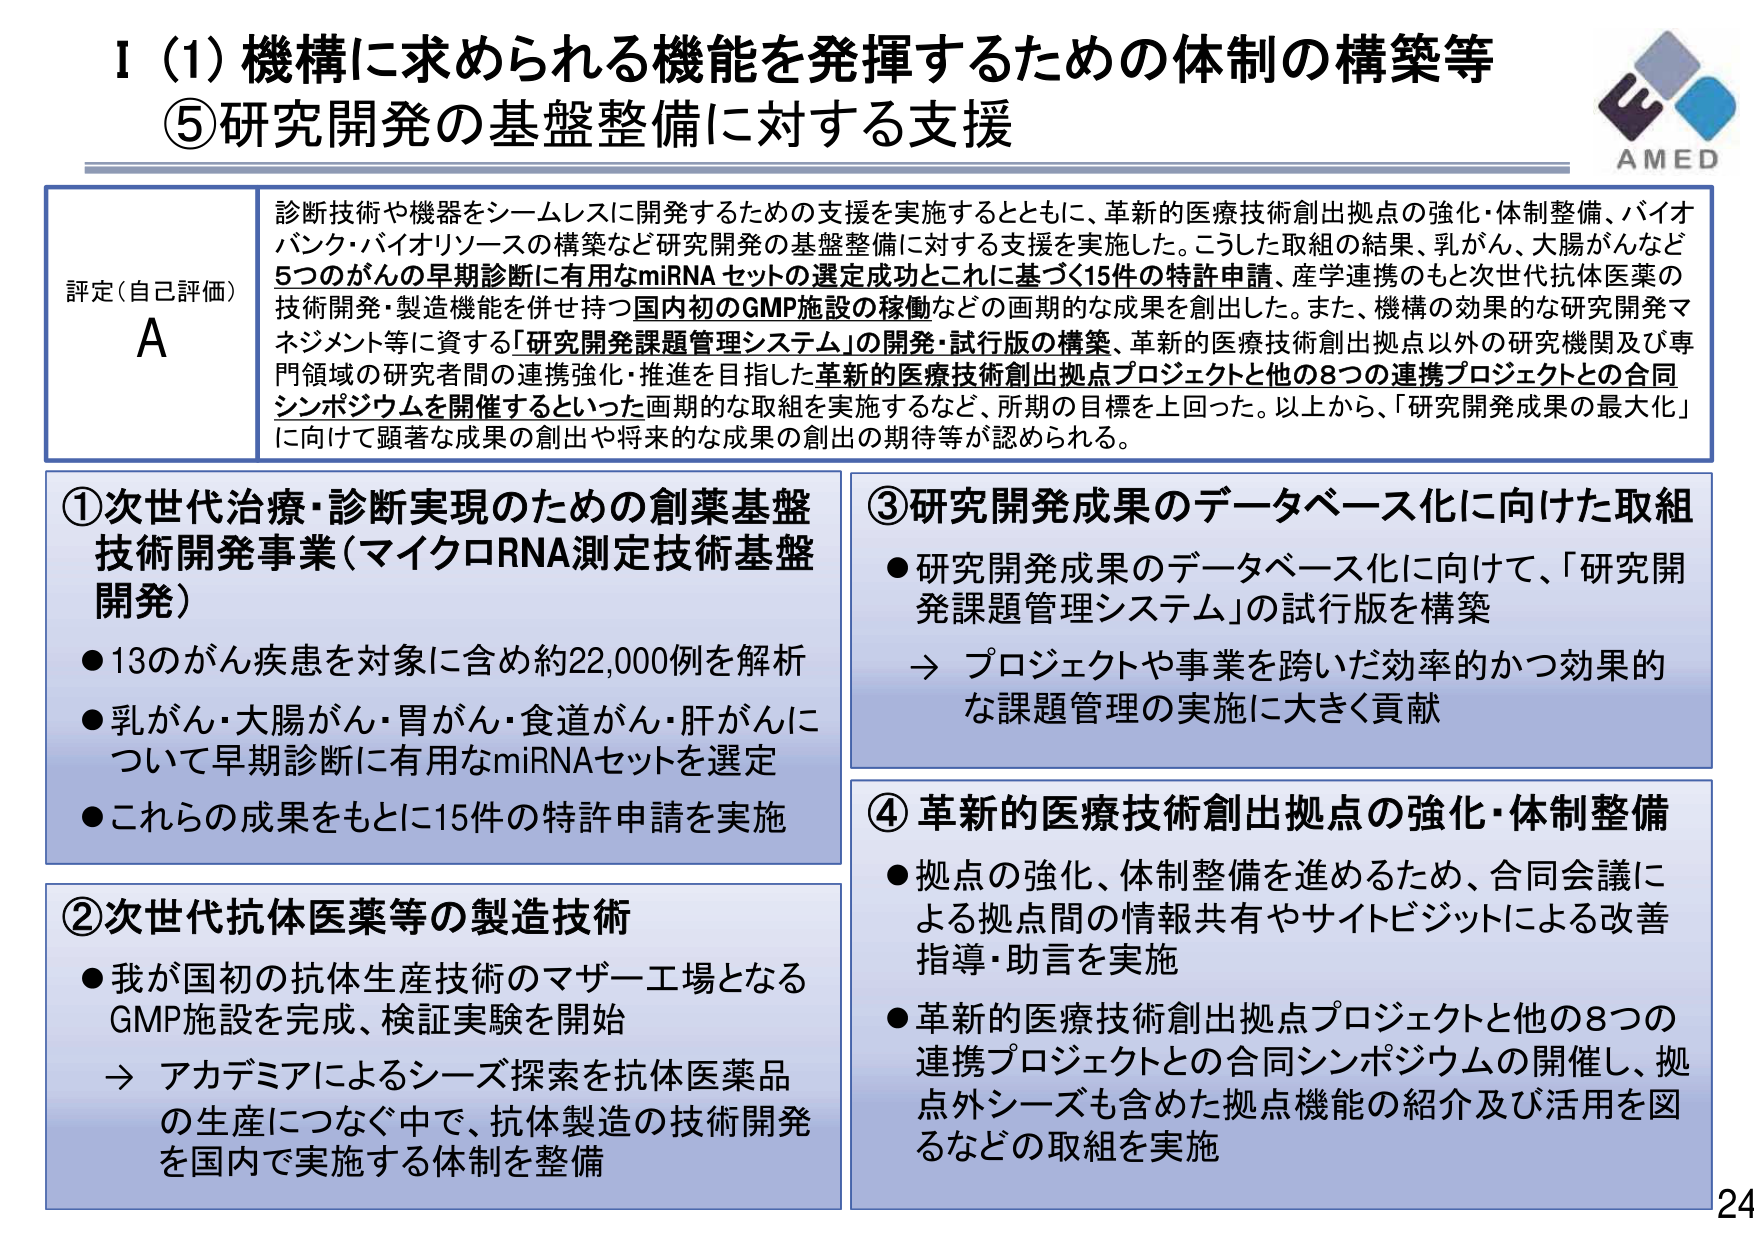
I (1) 機構に求められる機能を発揮するための体制の構築等
⑤研究開発の基盤整備に対する支援

AMED

評定（自己評価）
A

診断技術や機器をシームレスに開発するための支援を実施するとともに、革新的医療技術創出拠点の強化・体制整備、バイオバンク・バイオリソースの構築など研究開発の基盤整備に対する支援を実施した。こうした取組の結果、乳がん、大腸がんなど5つのがんの早期診断に有用なmiRNAセットの選定成功とこれに基づく15件の特許申請、産学連携のもと次世代抗体医薬の技術開発・製造機能を併せ持つ国内初のGMP施設の稼働などの画期的な成果を創出した。また、機構の効果的な研究開発マネジメント等に資する「研究開発課題管理システム」の開発・試行版の構築、革新的医療技術創出拠点以外の研究機関及び専門領域の研究者間の連携強化・推進を目指した革新的医療技術創出拠点プロジェクトと他の8つの連携プロジェクトとの合同シンポジウムを開催するといった画期的な取組を実施するなど、所期の目標を上回った。以上から、「研究開発成果の最大化」に向けて顕著な成果の創出や将来的な成果の創出の期待等が認められる。

①次世代治療・診断実現のための創薬基盤技術開発事業（マイクロRNA測定技術基盤開発）
●13のがん疾患を対象に含め約22,000例を解析
●乳がん・大腸がん・胃がん・食道がん・肝がんについて早期診断に有用なmiRNAセットを選定
●これらの成果をもとに15件の特許申請を実施

②次世代抗体医薬等の製造技術
●我が国初の抗体生産技術のマザー工場となるGMP施設を完成、検証実験を開始
→ アカデミアによるシーズ探索を抗体医薬品の生産につなぐ中で、抗体製造の技術開発を国内で実施する体制を整備

③研究開発成果のデータベース化に向けた取組
●研究開発成果のデータベース化に向けて、「研究開発課題管理システム」の試行版を構築
→ プロジェクトや事業を跨いだ効率的かつ効果的な課題管理の実施に大きく貢献

④革新的医療技術創出拠点の強化・体制整備
●拠点の強化、体制整備を進めるため、合同会議による拠点間の情報共有やサイトビジットによる改善指導・助言を実施
●革新的医療技術創出拠点プロジェクトと他の8つの連携プロジェクトとの合同シンポジウムの開催し、拠点外シーズも含めた拠点機能の紹介及び活用を図るなどの取組を実施

24